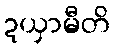
ဍယှာမီတိ